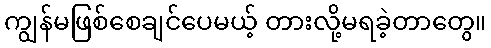
ကျွန်မဖြစ်စေချင်ပေမယ့် တားလို့မရခဲ့တာတွေ။